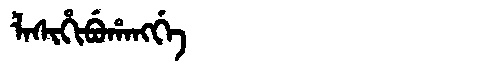
Manchu: ᠯᠠᠰᡳᡥᡳᠪᡠᡥᠠᠩᡤᡝ
Romanization: LASIHIBUHANGGE